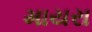
માયરા